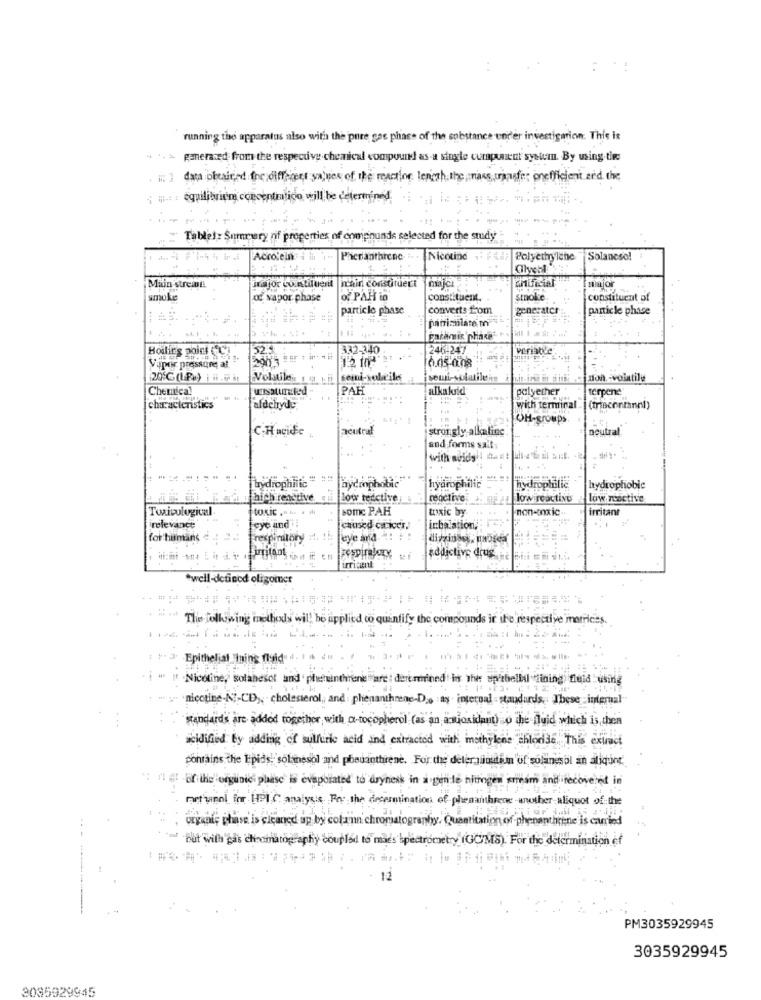
running the apparatus also with the pure gae phase of the substance under investigation. This is
.. > generated from the respective.chemical compound as-a single component system. By using.ti
data obtained the different sajnos of the reactive length the mass crimefor onefficient and the
britm concentmico will be determined
Tablet: Summary nif properties of compounds selected for the study
Accolein
Phicranthrene
Nicotine
Polyethylene
Solanesol
Main stremit!
inajor contiluent ichin constituert
majci
Inmajor
smoke
o vapor phase
of PAH to
constituent.
smoke
constituent of
particle phase
converts tom
generator
particle phase
patrizilate mi
Boilir's point (
132-340
246-247
niab'e
2003
Vapor pressure af
6.05-0.08
cemi-soleile
semi-solutile
non-volatile
Chemical
PAH
alkaloid
polyether
terpene
characteristics
aldehyde
with terminal
OH-groups.
C.HuciFic
neutral
stron gly alkaline
neutral
and forms salt
with muids
[hydrophilic "
hydrophobic"
hydrophilic
ydrophulle
hydrophobic
u bich reactive
low tedctive
reactive
low reactive
low reactive
Toxicological
toxic ..
some PAH
trixic by
non-onxic
irritant
relevance
eye and
caused citicer.'
inbaiation,
for humans
espimitory
eye and ": :
respiratory
addictive drus
well-defined oligomer
The following methods will be applied co quantify the compounds ir the respective merriess.
ng fly
Nicotine,
hesot and phenuinthrene ""are : dermined"in The
"Hining" fluid using
nicotine-NI-CD ,, cholesterol ,, and : phenanihrene-D.o ay internal = standards. These -internal
standard's are added together, with a-tocopherol (as an antioxidant) o the fluid which is, then
acidified By adding of sulfuric acid and extractod with mmsthylene chlodde. This extract
contains the Lipids, solanesol and pbouantturene. For the deterniinutiin'of solangsol an aliquot
""" -of the organici phase' is evaporated' to dryness in a gen-le nitrogen kram and recoveret in
metanol for HPI C analyse For the determination of phenanthere another aliquot of the
organic phase is cleaned up by cotann chromatography. Quantitation of phenanthrene is carried
" but with'gas choomatography coupled to mies spectrometry (GOMS). For the determination of
12
PM3035929945
3035929945
3085929945